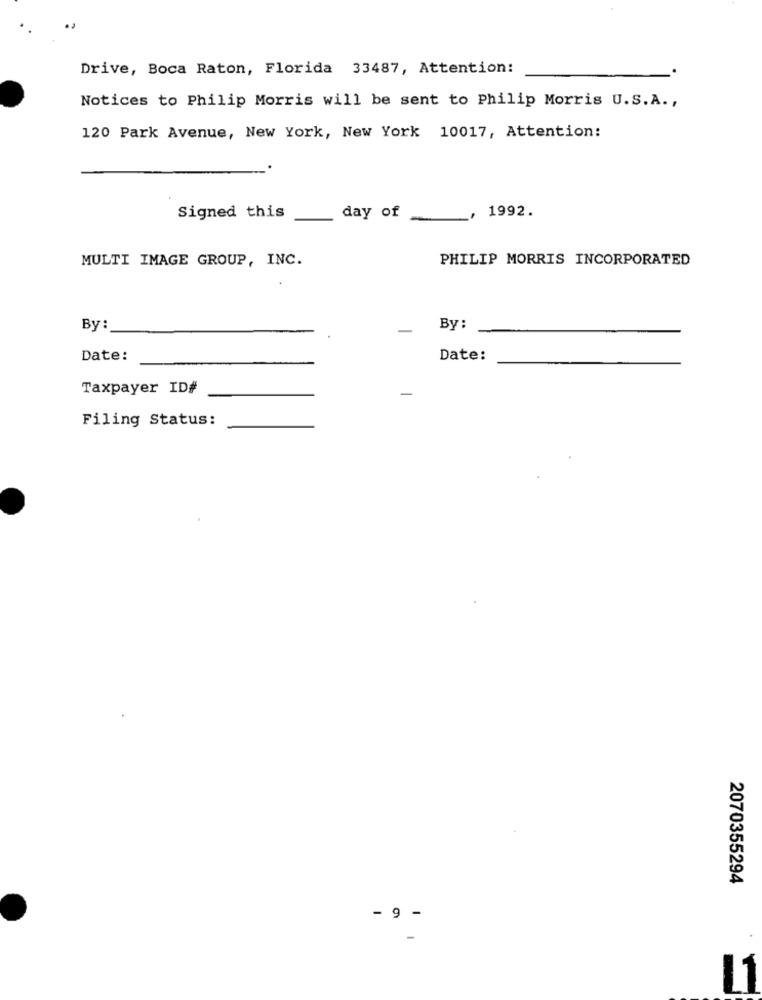
Drive, Boca Raton, Florida 33487, Attention:
Notices to Philip Morris will be sent to Philip Morris U.S.A .,
120 Park Avenue, New York, New York 10017, Attention:
1992.
Signed this
day of
MULTI IMAGE GROUP, INC.
PHILIP MORRIS INCORPORATED
By:
-
By:
Date:
Date:
Taxpayer ID#
Filing Status:
2070355294
- 9 -
L1